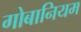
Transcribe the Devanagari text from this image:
गोबानियम